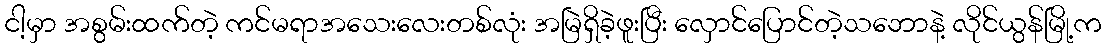
ငါ့မှာ အစွမ်းထက်တဲ့ ကင်မရာအသေးလေးတစ်လုံး အမြဲရှိခဲ့ဖူးပြီး လှောင်ပြောင်တဲ့သဘောနဲ့ လိုင်ယွန်မြို့က